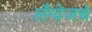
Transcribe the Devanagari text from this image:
लँग्वेजचे